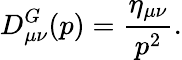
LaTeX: D_{\mu\nu}^{G}(p)=\frac{\eta_{\mu\nu}}{p^{2}}.